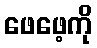
ဖေဖေ့ကို